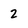
Character: 2